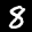
Label: 8